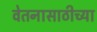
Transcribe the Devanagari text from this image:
वेतनासाठीच्या